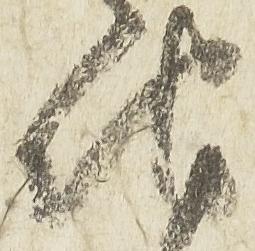
地